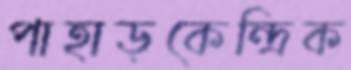
পাহাড়কেন্দ্রিক